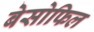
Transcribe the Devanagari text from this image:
बेसोफिल